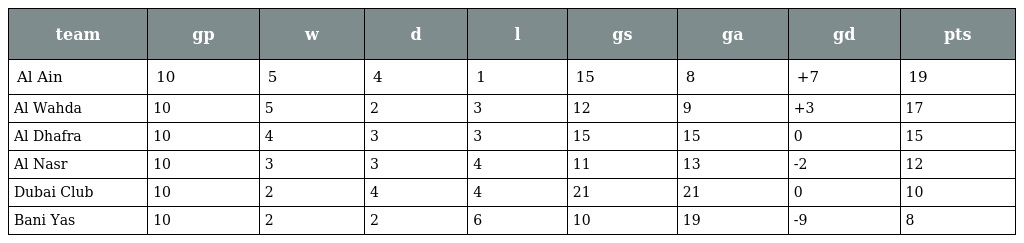
| team | gp | w | d | l | gs | ga | gd | pts |
 | --- | --- | --- | --- | --- | --- | --- | --- | --- |
 | Al Ain | 10 | 5 | 4 | 1 | 15 | 8 | +7 | 19 |
 | Al Wahda | 10 | 5 | 2 | 3 | 12 | 9 | +3 | 17 |
 | Al Dhafra | 10 | 4 | 3 | 3 | 15 | 15 | 0 | 15 |
 | Al Nasr | 10 | 3 | 3 | 4 | 11 | 13 | -2 | 12 |
 | Dubai Club | 10 | 2 | 4 | 4 | 21 | 21 | 0 | 10 |
 | Bani Yas | 10 | 2 | 2 | 6 | 10 | 19 | -9 | 8 |